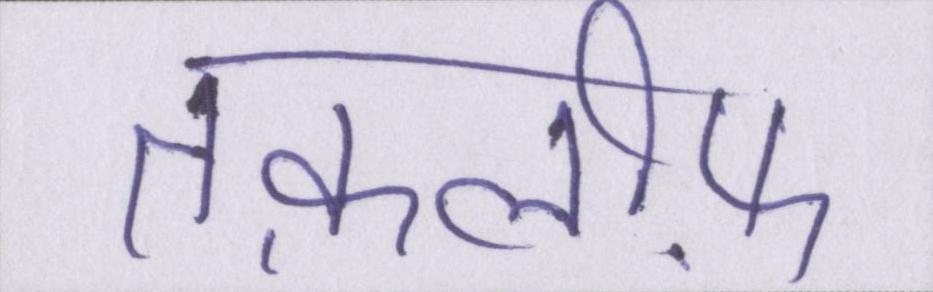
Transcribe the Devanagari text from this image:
तक़लीफ़